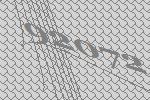
92072